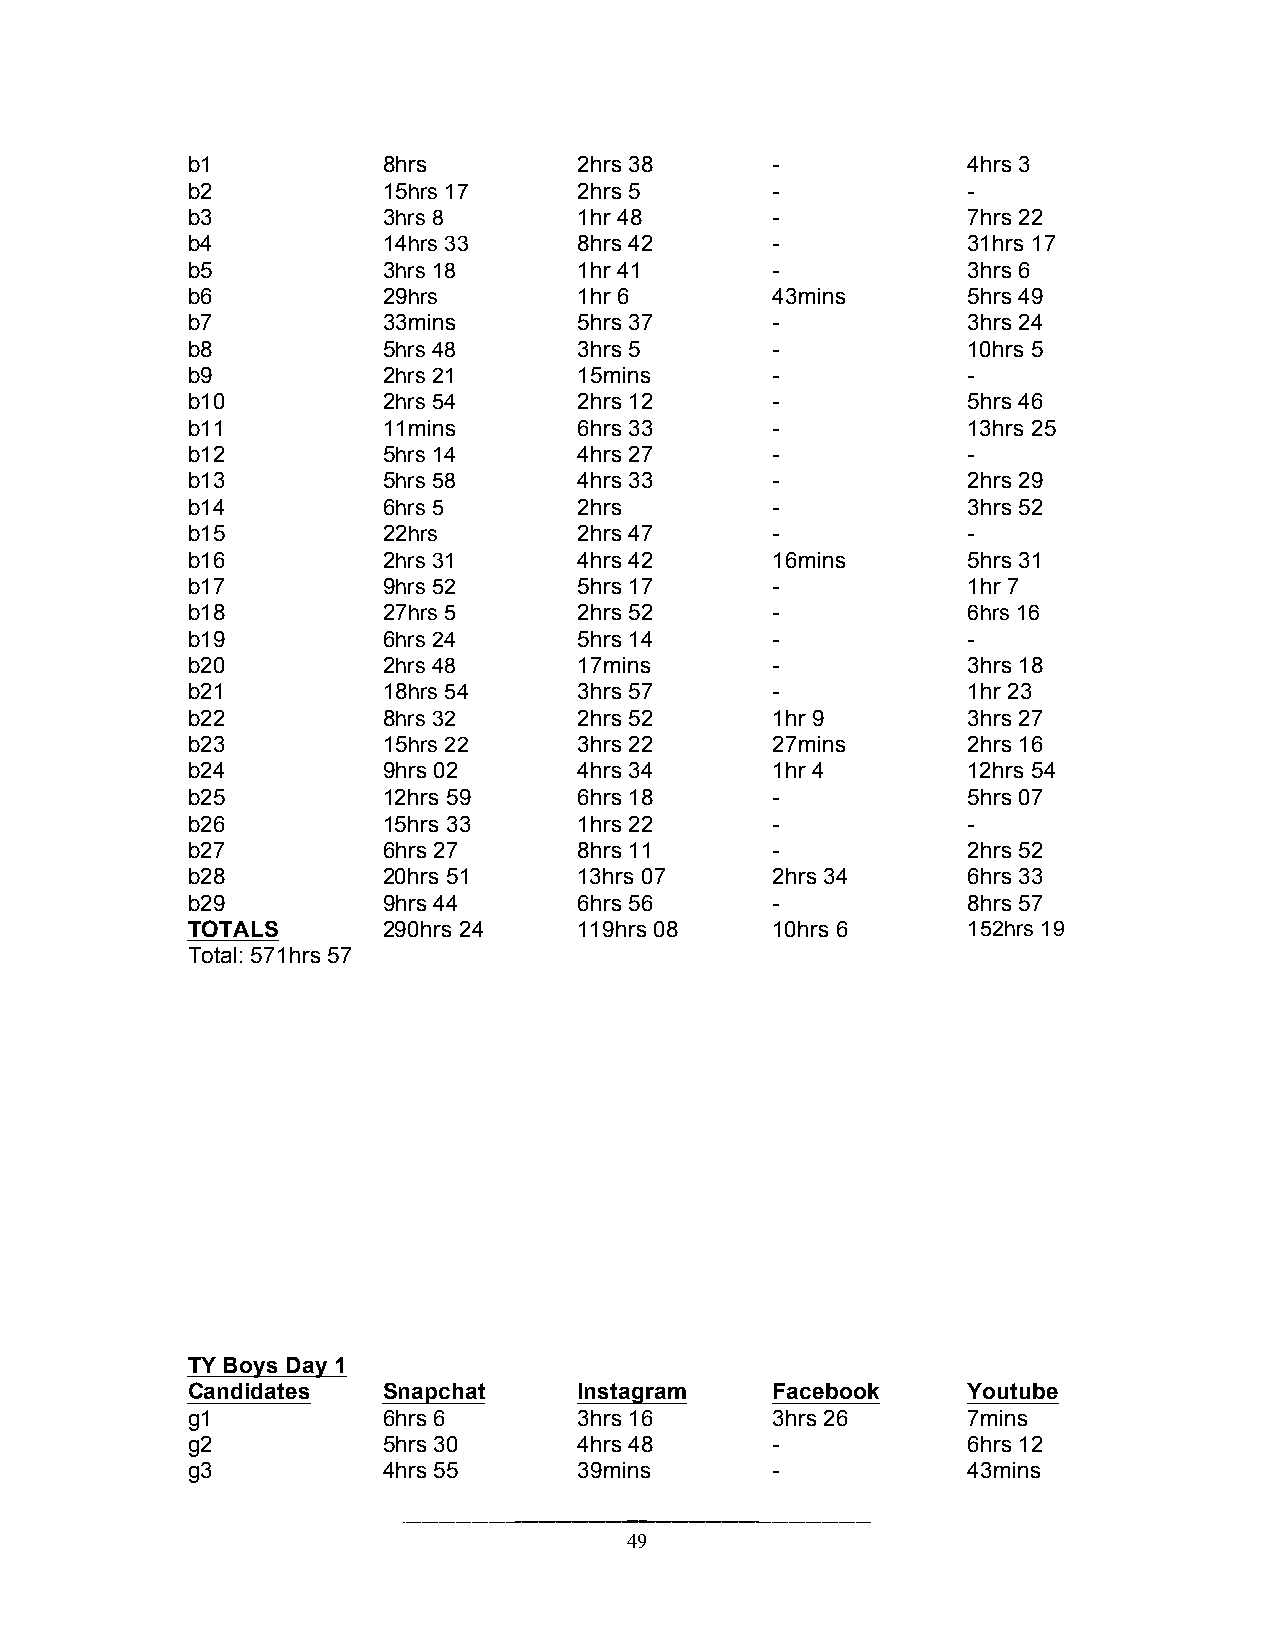
b1           8hrs         2hrs 38      -            4hrs 3
 b2           15hrs 17     2hrs 5       -            -
 b3           3hrs 8       1hr 48       -            7hrs 22
 b4           14hrs 33     8hrs 42      -            31hrs 17
 b5           3hrs 18      1hr 41       -            3hrs 6
 b6           29hrs        1hr 6        43mins       5hrs 49
 b7           33mins       5hrs 37      -            3hrs 24
 b8           5hrs 48      3hrs 5       -            10hrs 5
 b9           2hrs 21      15mins       -            -
 b10          2hrs 54      2hrs 12      -            5hrs 46
 b11          11mins       6hrs 33      -            13hrs 25
 b12          5hrs 14      4hrs 27      -            -
 b13          5hrs 58      4hrs 33      -            2hrs 29
 b14          6hrs 5       2hrs         -            3hrs 52
 b15          22hrs        2hrs 47      -            -
 b16          2hrs 31      4hrs 42      16mins       5hrs 31
 b17          9hrs 52      5hrs 17      -            1hr 7
 b18          27hrs 5      2hrs 52      -            6hrs 16
 b19          6hrs 24      5hrs 14      -            -
 b20          2hrs 48      17mins       -            3hrs 18
 b21          18hrs 54     3hrs 57      -            1hr 23
 b22          8hrs 32      2hrs 52      1hr 9        3hrs 27
 b23          15hrs 22     3hrs 22      27mins       2hrs 16
 b24          9hrs 02      4hrs 34      1hr 4        12hrs 54
 b25          12hrs 59     6hrs 18      -            5hrs 07
 b26          15hrs 33     1hrs 22      -            -
 b27          6hrs 27      8hrs 11      -            2hrs 52
 b28          20hrs 51     13hrs 07     2hrs 34      6hrs 33
 b29          9hrs 44      6hrs 56      -            8hrs 57
 TOTALS       290hrs 24    119hrs 08    10hrs 6      152hrs 19
 Total: 571hrs 57
 TY Boys Day 1
 Candidates   Snapchat     Instagram    Facebook     Youtube
 g1           6hrs 6       3hrs 16      3hrs 26      7mins
 g2           5hrs 30      4hrs 48      -            6hrs 12
 g3           4hrs 55      39mins       -            43mins
 49